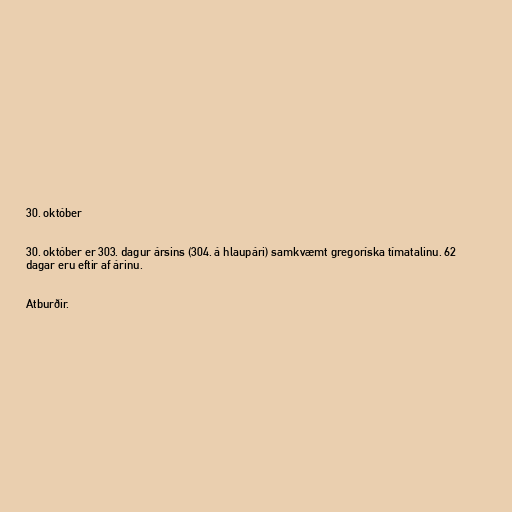
30. október

30. október er 303. dagur ársins (304. á hlaupári) samkvæmt gregoríska tímatalinu. 62
dagar eru eftir af árinu.

Atburðir.